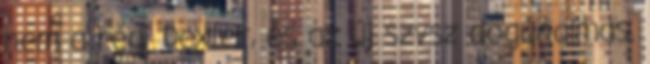
nem a régi Dexter, és az új szvsz dögunalmas.